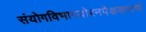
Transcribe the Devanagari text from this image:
संयोगविभागयोरनपेक्षकारणं